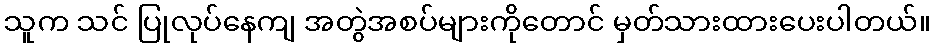
သူက သင် ပြုလုပ်နေကျ အတွဲအစပ်များကိုတောင် မှတ်သားထားပေးပါတယ်။